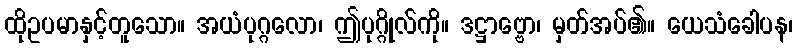
ထိုဥပမာနှင့်တူသော။ အယံပုဂ္ဂလော၊ ဤပုဂ္ဂိုလ်ကို။ ဒဋ္ဌာဗ္ဗော၊ မှတ်အပ်၏။ ယေသံခေါပန၊